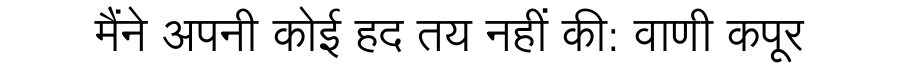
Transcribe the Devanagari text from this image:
मैंने अपनी कोई हद तय नहीं की: वाणी कपूर